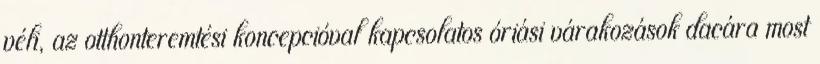
véli, az otthonteremtési koncepcióval kapcsolatos óriási várakozások dacára most